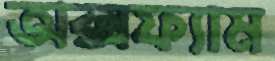
অক্সফ্যাম